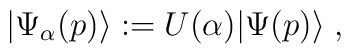
|\Psi_\alpha(p) \rangle := U(\alpha) |\Psi(p) \rangle \; ,